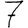
Digit: 7